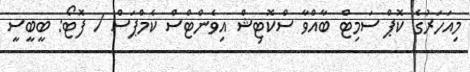
މިއަހަރުގެ ކޮޕް ސަމިޓް ބާއްވާ ސްކޮޓިޝް އިވެންޓްސް ކެމްޕަސް / ފޮޓޯ: ބީބީސީ